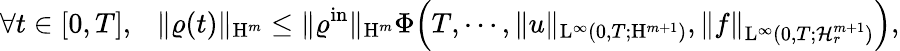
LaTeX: \forall t\in[0,T],\ \ \ \Vert\varrho(t)\Vert_{\mathrm{H}^{m}}\leq\Vert\varrho^{\mathrm{in}}\Vert_{\mathrm{H}^{m}}\Phi\Big(T,\cdots,\Vert u\Vert_{\mathrm{L}^{\infty}(0,T;\mathrm{H}^{m+1})},\Vert f\Vert_{\mathrm{L}^{\infty}(0,T;\mathcal{H}_{r}^{m+1})}\Big),